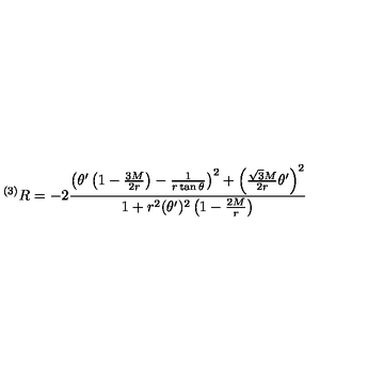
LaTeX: ^ { ( 3 ) } R = - 2 \frac { \left( \theta ^ { \prime } \left( 1 - \frac { 3 M } { 2 r } \right) - \frac { 1 } { r \tan \theta } \right) ^ { 2 } + \left( \frac { \sqrt { 3 } M } { 2 r } \theta ^ { \prime } \right) ^ { 2 } } { 1 + r ^ { 2 } ( \theta ^ { \prime } ) ^ { 2 } \left( 1 - \frac { 2 M } { r } \right) }